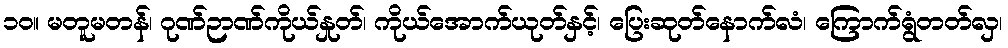
၁၀။ မတူမတန်၊ ဂုဏ်ဉာဏ်ကိုယ်နှုတ်၊ ကိုယ်အောက်ယုတ်နှင့်၊ ပြေးဆုတ်နောက်လံ၊ ကြောက်ရွံတတ်လှ၊